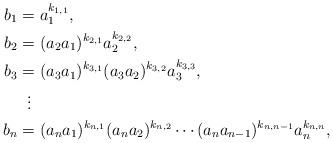
LaTeX: \begin{align*} \begin{aligned} b_1 & =a_1^{k_{1,1}},\\ b_2 & =(a_2a_1)^{k_{2,1}} a_2^{k_{2,2}},\\ b_3 & =(a_3a_1)^{k_{3,1}}(a_3a_2)^{k_{3,2}}a_3^{k_{3,3}},\\ & \vdotswithin{=}\\ b_n & =(a_na_1)^{k_{n,1}}(a_na_2)^{k_{n,2}}\dotsm(a_na_{n-1})^{k_{n,n-1}}a_n^{k_{n,n}}, \end{aligned}\end{align*}